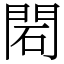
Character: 䦒